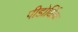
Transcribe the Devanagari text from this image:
पीडोर्थिक